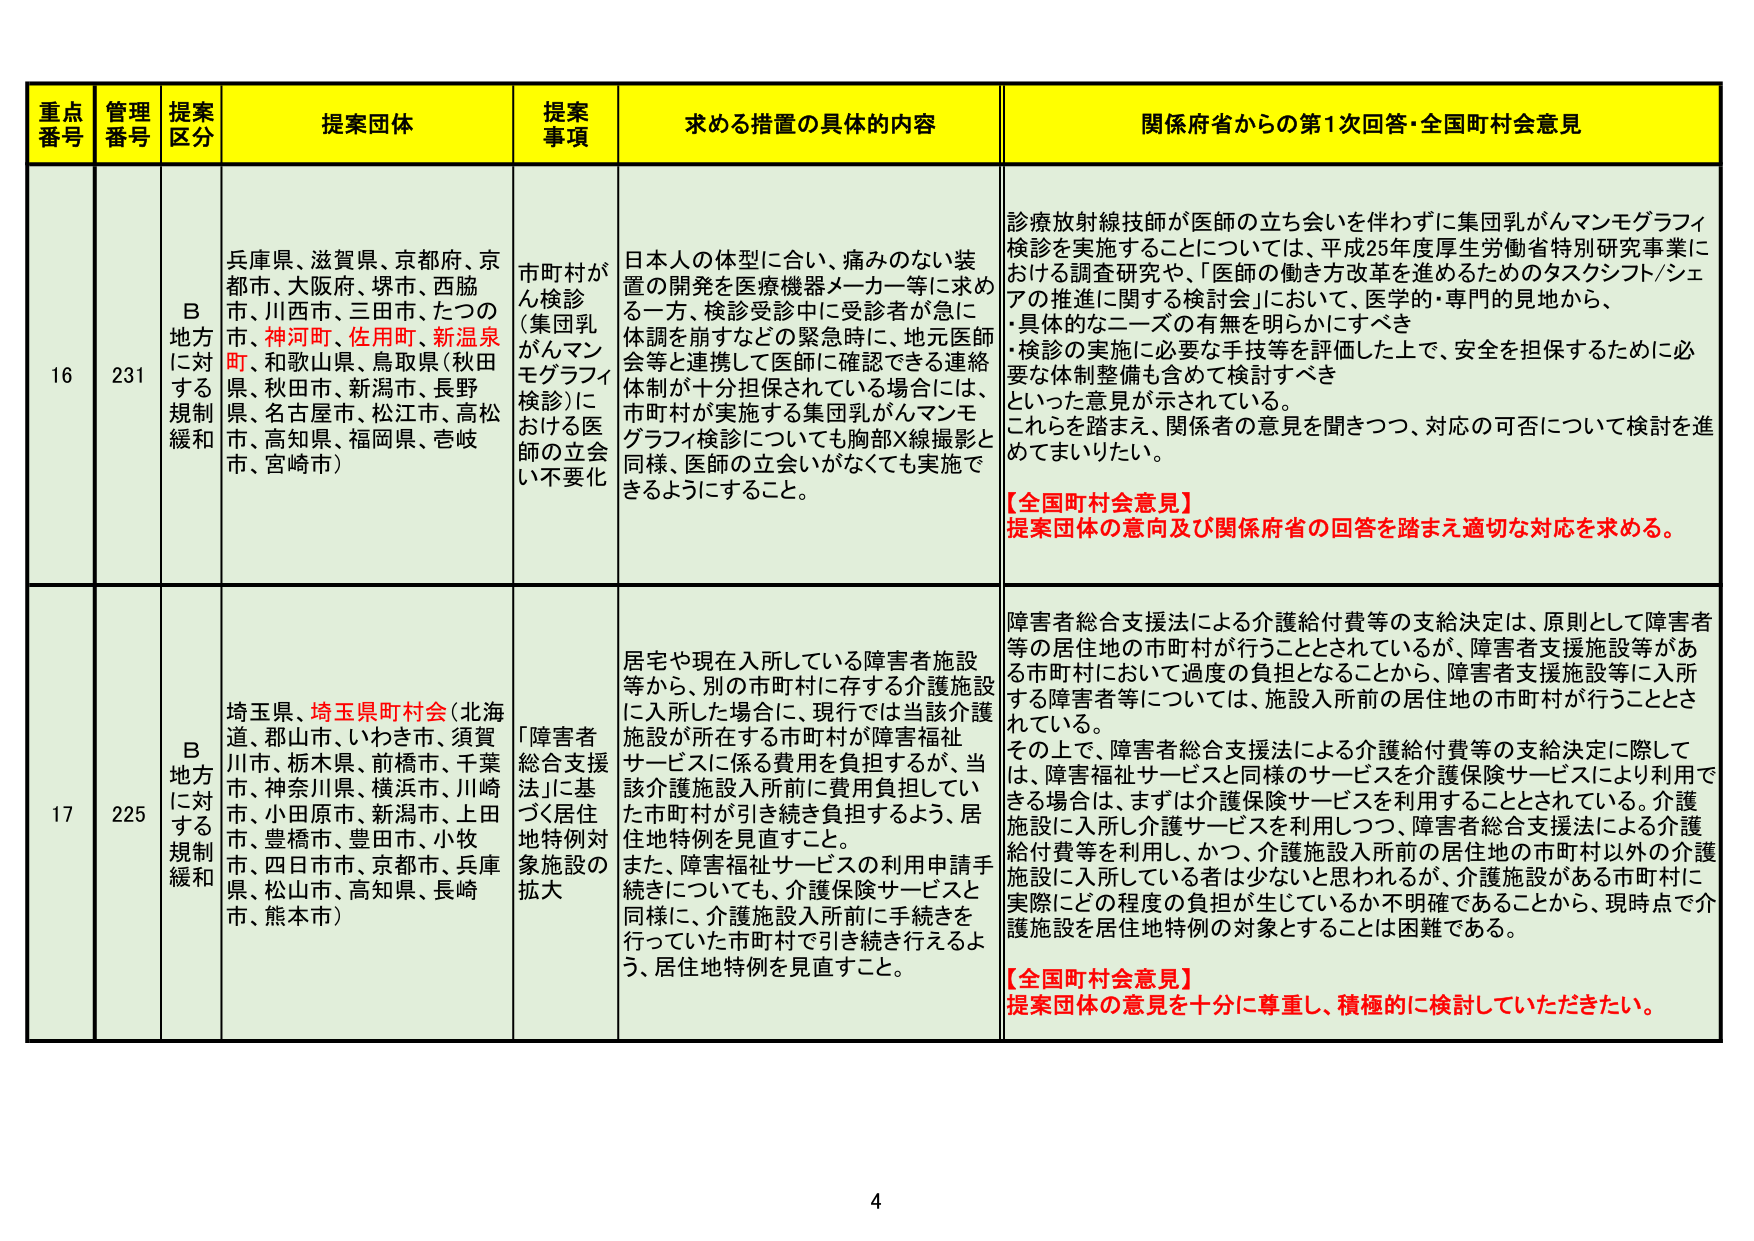
重点番号 管理番号 提案区分 提案団体 提案事項 求める措置の具体的内容 関係府省からの第1次回答・全国町村会意見
16 231 B地方に対する規制緩和 兵庫県、滋賀県、京都府、京都市、大阪府、堺市、西脇市、川西市、三田市、たつの市、神河町、佐用町、新温泉町、和歌山県、鳥取県（秋田県、秋田市、新潟市、長野県、名古屋市、松江市、高松市、高知県、福岡県、壱岐市、宮崎市） 市町村がん検診（集団乳がんマンモグラフィ検診）における医師の立会い不要化 日本人の体型に合い、痛みのない装置の開発を医療機器メーカー等に求める一方、検診受診中に受診者が急に体調を崩すなどの緊急時に、地元医師会等と連携して医師に確認できる連絡体制が十分担保されている場合には、市町村が実施する集団乳がんマンモグラフィ検診についても胸部X線撮影と同様、医師の立会いがなくても実施できるようにすること。 診療放射線技師が医師の立ち会いを伴わずに集団乳がんマンモグラフィ検診を実施することについては、平成25年度厚生労働省特別研究事業における調査研究や、「医師の働き方改革を進めるためのタスクシフト/シェアの推進に関する検討会」において、医学的・専門的見地から、・具体的なニーズの有無を明らかにすべき・検診の実施に必要な手技等を評価した上で、安全を担保するために必要な体制整備も含めて検討すべきといった意見が示されている。これらを踏まえ、関係者の意見を聞きつつ、対応の可否について検討を進めてまいりたい。【全国町村会意見】提案団体の意向及び関係府省の回答を踏まえ適切な対応を求めめる。
17 225 B地方に対する規制緩和 埼玉県、埼玉県町村会（北海道、郡山市、いわき市、須賀川市、栃木県、前橋市、千葉市、神奈川県、横浜市、川崎市、小田原市、新潟市、上田市、豊橋市、豊田市、小牧市、四日市市、京都市、兵庫県、松山市、高知県、長崎市、熊本市） 「障害者総合支援法」に基づく居住地特例対象施設の拡大 居宅や現在入所している障害者施設等から、別の市町村に存する介護施設に入所した場合に、現行では当該介護施設が所在する市町村が障害福祉サービスに係る費用を負担するが、当該介護施設入所前に費用負担していた市町村が引き続き負担するよう、居住地特例を見直すこと。また、障害福祉サービスの利用申請手続きについても、介護保険サービスと同様に、介護施設入所前に手続きを行っていた市町村で引き続き行えるよう、居住地特例を見直すこと。 障害者総合支援法による介護給付費等の支給決定は、原則として障害者等の居住地の市町村が行うこととされているが、障害者支援施設等がある市町村において過度の負担となることから、障害者支援施設等に入所する障害者等については、施設入所前の居住地の市町村が行うこととされている。その上で、障害者総合支援法による介護給付費等の支給決定に際しては、障害福祉サービスと同様のサービスを介護保険サービスにより利用できる場合は、まずは介護保険サービスを利用することとされている。介護施設に入所し介護サービスを利用しつつ、障害者総合支援法による介護給付費等を利用し、かつ、介護施設入所前の居住地の市町村以外の介護施設に入所している者は少ないと思われるが、介護施設がある市町村に実際にどの程度の負担が生じているか不明確であることから、現時点で介護施設を居住地特例の対象とすることは困難である。【全国町村会意見】提案団体の意見を十分に尊重し、積極的に検討していただきたい。
4